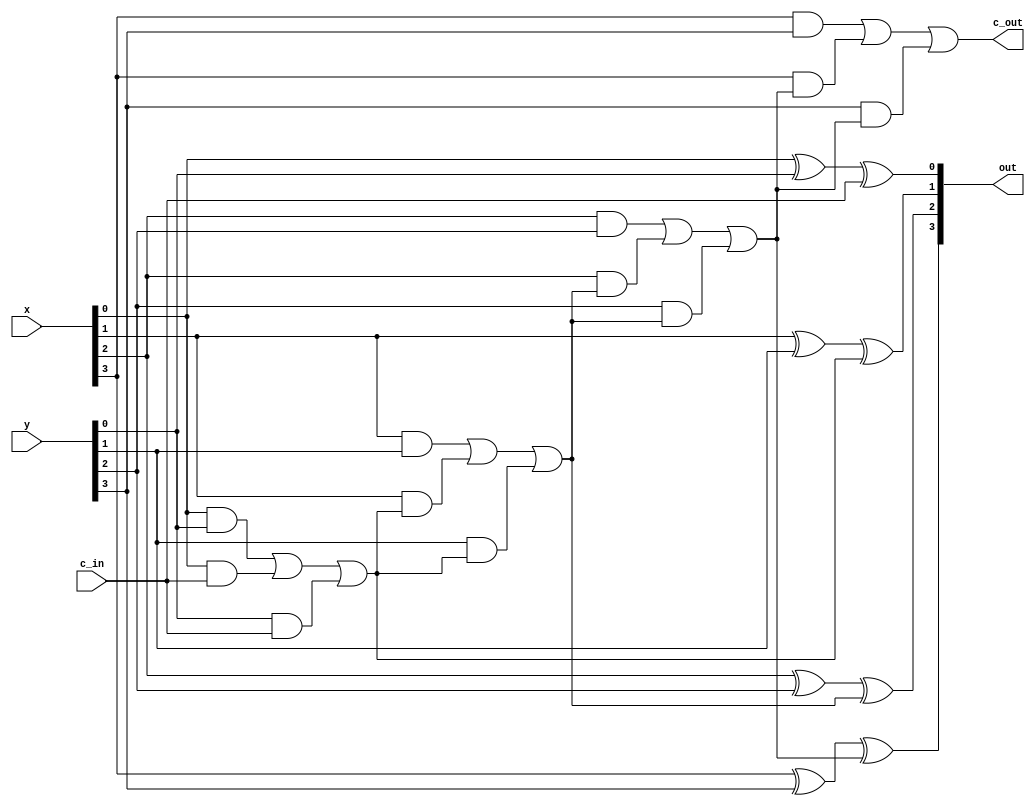
/* CSED273 lab5 experiment 1 */
/* lab5_1.v */
/* 20220100  */

`timescale 1ps / 1fs

/* Implement adder 
 * You must not use Verilog arithmetic operators */
module adder(
    input [3:0] x,
    input [3:0] y,
    input c_in,             // Carry in
    output [3:0] out,
    output c_out            // Carry out
); 

    ////////////////////////
    wire c_in_1, c_in_2, c_in_3;

    xor(out[0], x[0], y[0], c_in);
    or(c_in_1, x[0]&y[0], x[0]&c_in, y[0]&c_in);
    xor(out[1], x[1], y[1], c_in_1);
    or(c_in_2, x[1]&y[1], x[1]&c_in_1, y[1]&c_in_1);
    xor(out[2], x[2], y[2], c_in_2);
    or(c_in_3, x[2]&y[2], x[2]&c_in_2, y[2]&c_in_2);
    xor(out[3], x[3], y[3], c_in_3);
    or(c_out, x[3]&y[3], x[3]&c_in_3, y[3]&c_in_3);
    ////////////////////////

endmodule

/* Implement arithmeticUnit with adder module
 * You must use one adder module.
 * You must not use Verilog arithmetic operators */
module arithmeticUnit(
    input [3:0] x,
    input [3:0] y,
    input [2:0] select,
    output [3:0] out,
    output c_out            // Carry out
);

    ////////////////////////
    wire[3:0] A;

    or(A[0], y[0]&select[1], ~y[0]&select[2]);
    or(A[1], y[1]&select[1], ~y[1]&select[2]);
    or(A[2], y[2]&select[1], ~y[2]&select[2]);
    or(A[3], y[3]&select[1], ~y[3]&select[2]);

    adder Adder(x, A, select[0], out, c_out);
    ////////////////////////

endmodule

/* Implement 4:1 mux */
module mux4to1(
    input [3:0] in,
    input [1:0] select,
    output out
);

    ////////////////////////
    or(out, ~select[1]&~select[0]&in[0], ~select[1]&select[0]&in[1], select[1]&~select[0]&in[2], select[1]&select[0]&in[3]);
    ////////////////////////

endmodule

/* Implement logicUnit with mux4to1 */
module logicUnit(
    input [3:0] x,
    input [3:0] y,
    input [1:0] select,
    output [3:0] out
);

    ////////////////////////
    mux4to1 Mux3({~x[3], x[3]^y[3], x[3]|y[3], x[3]&y[3]}, select, out[3]);
    mux4to1 Mux2({~x[2], x[2]^y[2], x[2]|y[2], x[2]&y[2]}, select, out[2]);
    mux4to1 Mux1({~x[1], x[1]^y[1], x[1]|y[1], x[1]&y[1]}, select, out[1]);
    mux4to1 Mux0({~x[0], x[0]^y[0], x[0]|y[0], x[0]&y[0]}, select, out[0]);
    ////////////////////////

endmodule

/* Implement 2:1 mux */
module mux2to1(
    input [1:0] in,
    input  select,
    output out
);

    ////////////////////////
    or(out, in[1]&select, in[0]&~select);
    ////////////////////////

endmodule

/* Implement ALU with mux2to1 */
module lab5_1(
    input [3:0] x,
    input [3:0] y,
    input [3:0] select,
    output [3:0] out,
    output c_out            // Carry out
);

    ////////////////////////
    wire [3:0] D_0;
    wire [3:0] D_1;


    arithmeticUnit Arithmetic(x, y, {select[2], select[1], select[0]}, D_0, c_out);
    logicUnit Logic(x, y, {select[1], select[0]}, D_1);
    mux2to1 MUX3({D_1[3], D_0[3]}, select[3], out[3]);
    mux2to1 MUX2({D_1[2], D_0[2]}, select[3], out[2]);
    mux2to1 MUX1({D_1[1], D_0[1]}, select[3], out[1]);
    mux2to1 MUX0({D_1[0], D_0[0]}, select[3], out[0]);
    ////////////////////////

endmodule